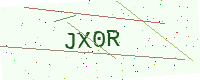
Text: JX0R